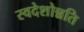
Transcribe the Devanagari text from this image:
स्वदेशोन्नति